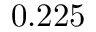
0 . 2 2 5